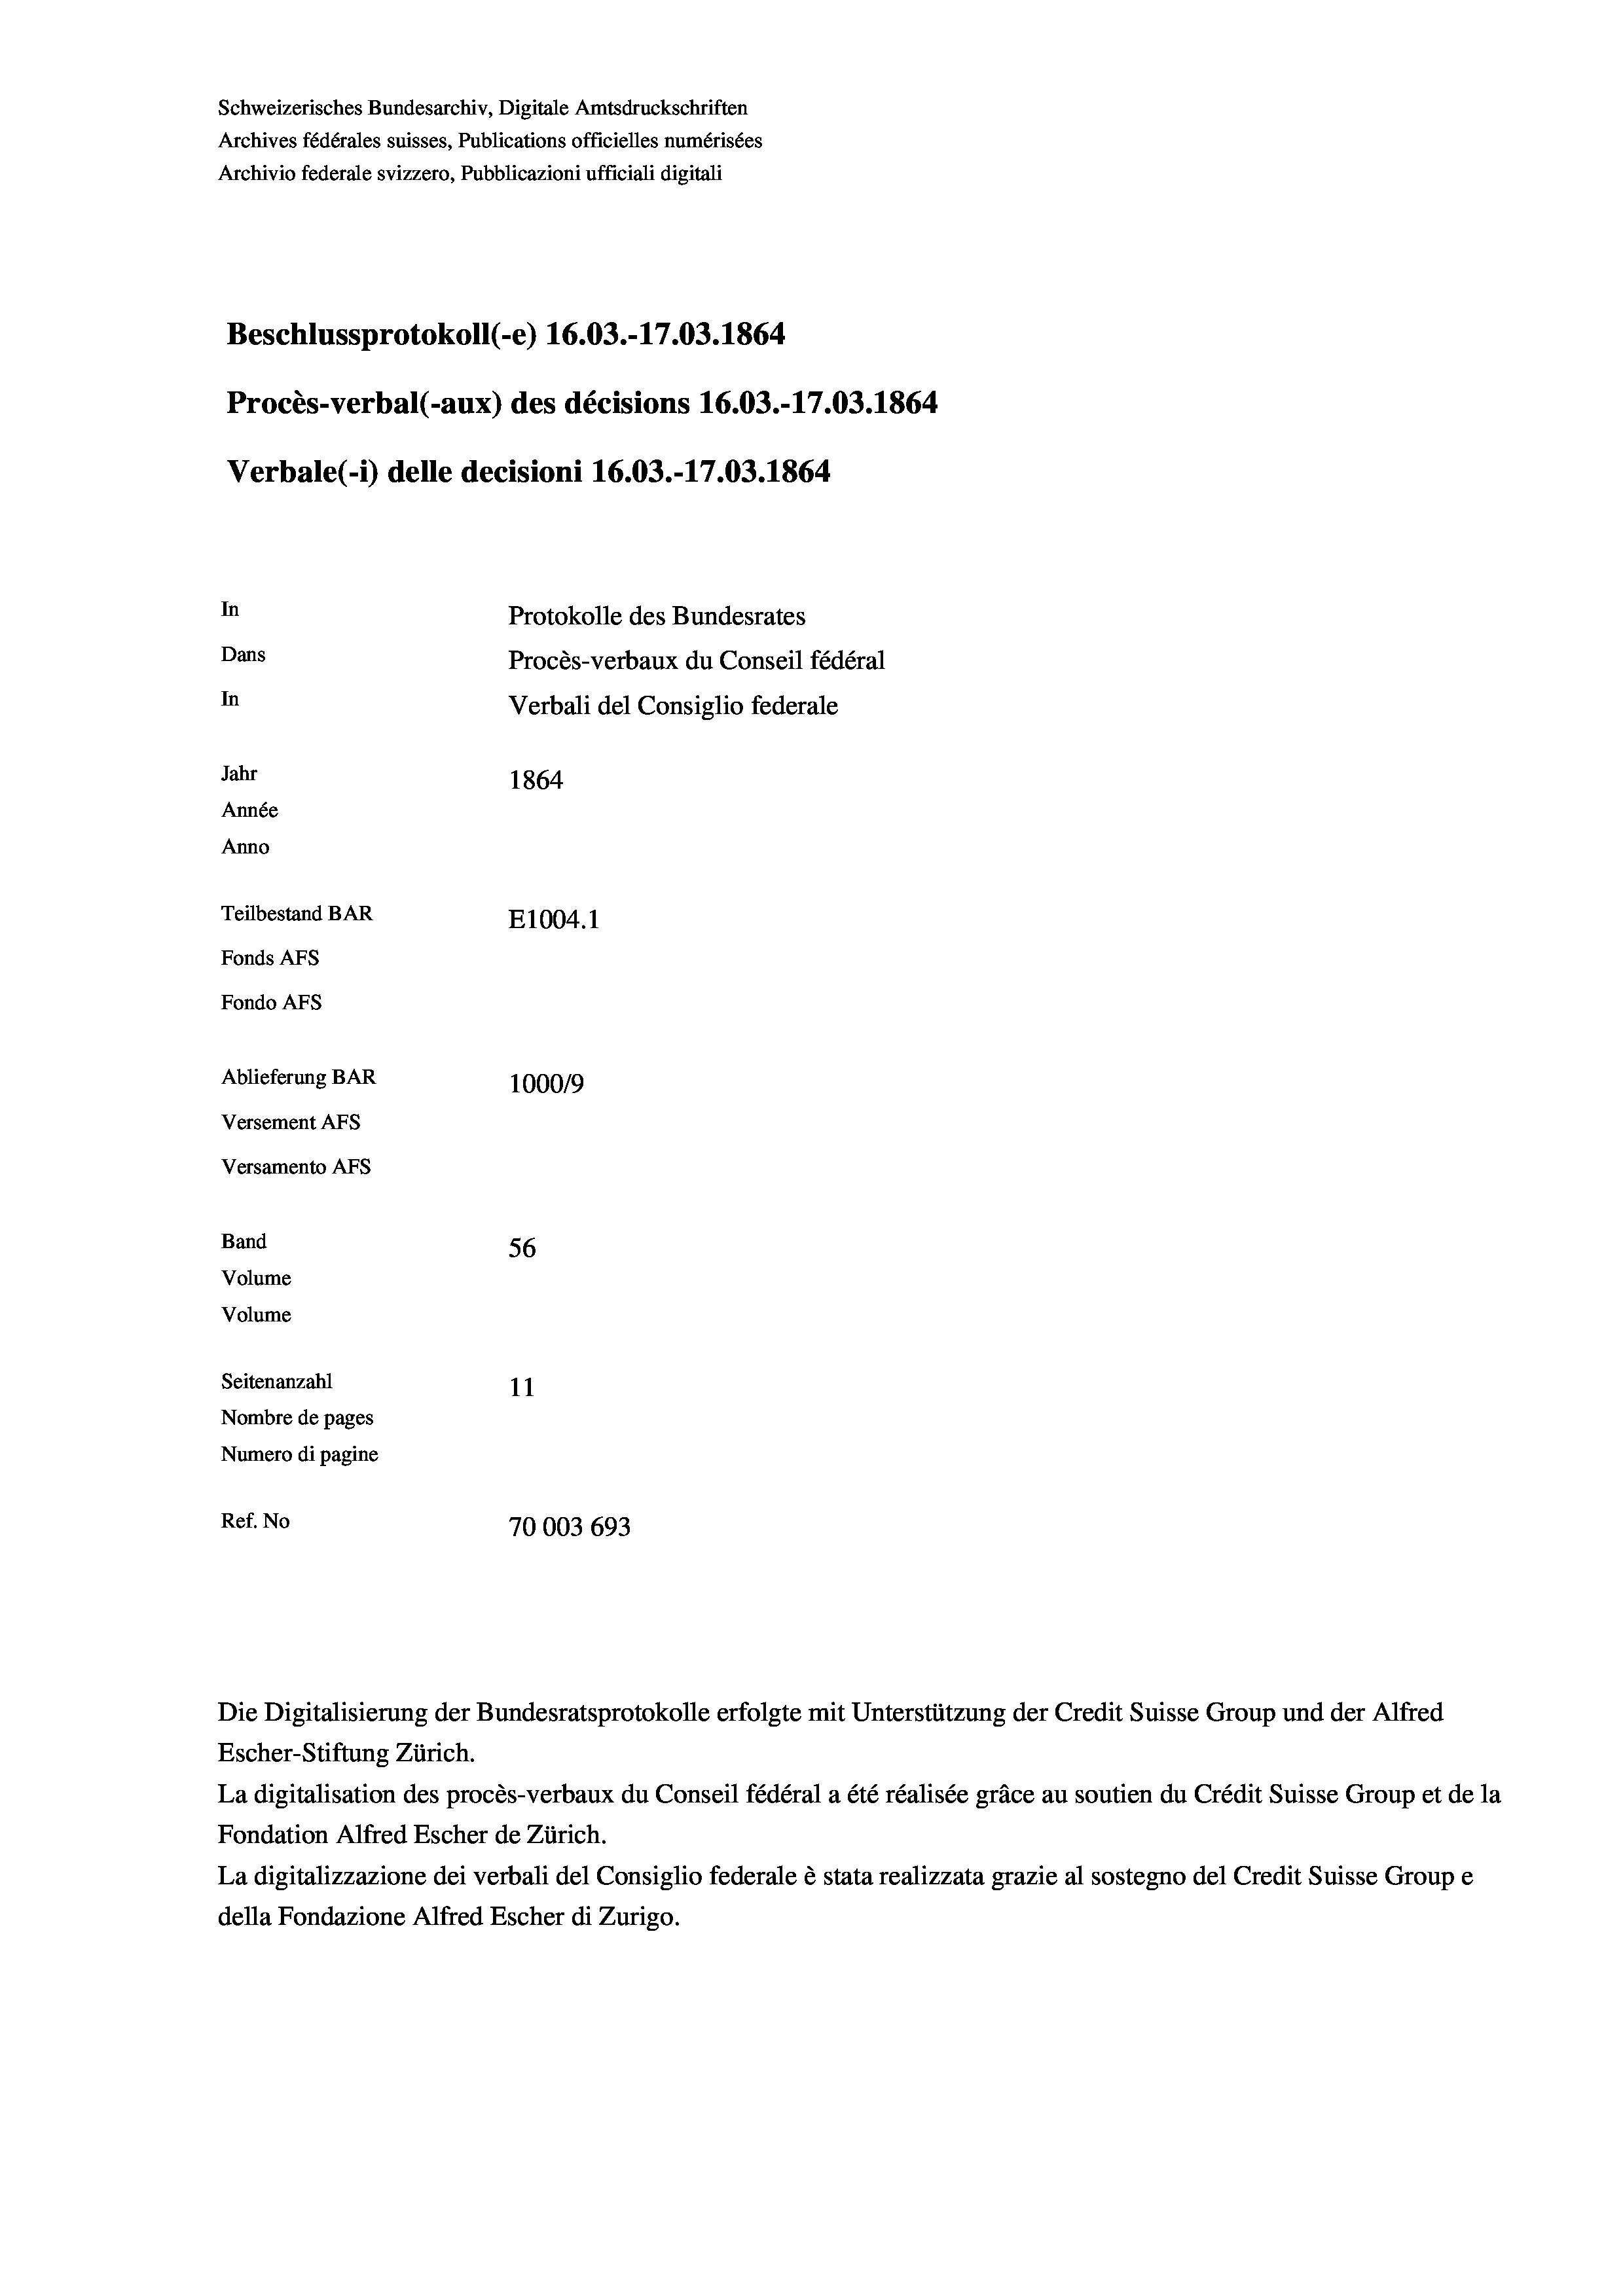
Beschlussprotokoll (-e) 16.03.-17.03. 1864
In
Protokolle des Bundesrates
Dans
Procès-verbaux du Conseil fédéral
In
Verbali del Consiglio federale
Jahr
1864
Année
Anno
Teilbestand BAR
E1004.1
Fonds AFs
Fondo AFS

Schweizerisches Bundesarchiv, Digitale Amtsdruckschriften
Archives fédérales suisses, Publications officielles numérisées
Archivio federale svizzero, Pubblicazioni ufficiali digitali

Verbale (- 1) delle decisioni 16.03.-17.03. 1864

1000/9
56

Procès-verbal (-aux) des décisions 16.03.-17.03. 1864

Ablieferung BAR
Versement As
Versamento AFS
Band
Volume
Volume
Seitenanzahl
11
Nombre de pages
Numero di pagine
Ref. No
70003 693
Die Digitalisierung der Bundesratsprotokolle erfolgte mit Unterstützung der Credit Suisse Group und der Alfred
Escher-Stiftung Zürich.
La digitalisation des procès-verbaux du Conseil fédéral a été réalisée gräce au soutien du Crédit Suisse Group et de la
Fondation Alfred Escher de Zürich.
La digitalizzazione dei verbali del Consiglio federale è stata realizzata grazie al sostegno del Credit Suisse Groupe
della Fondazione Alfred Escher di Zurigo.